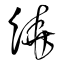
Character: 繞